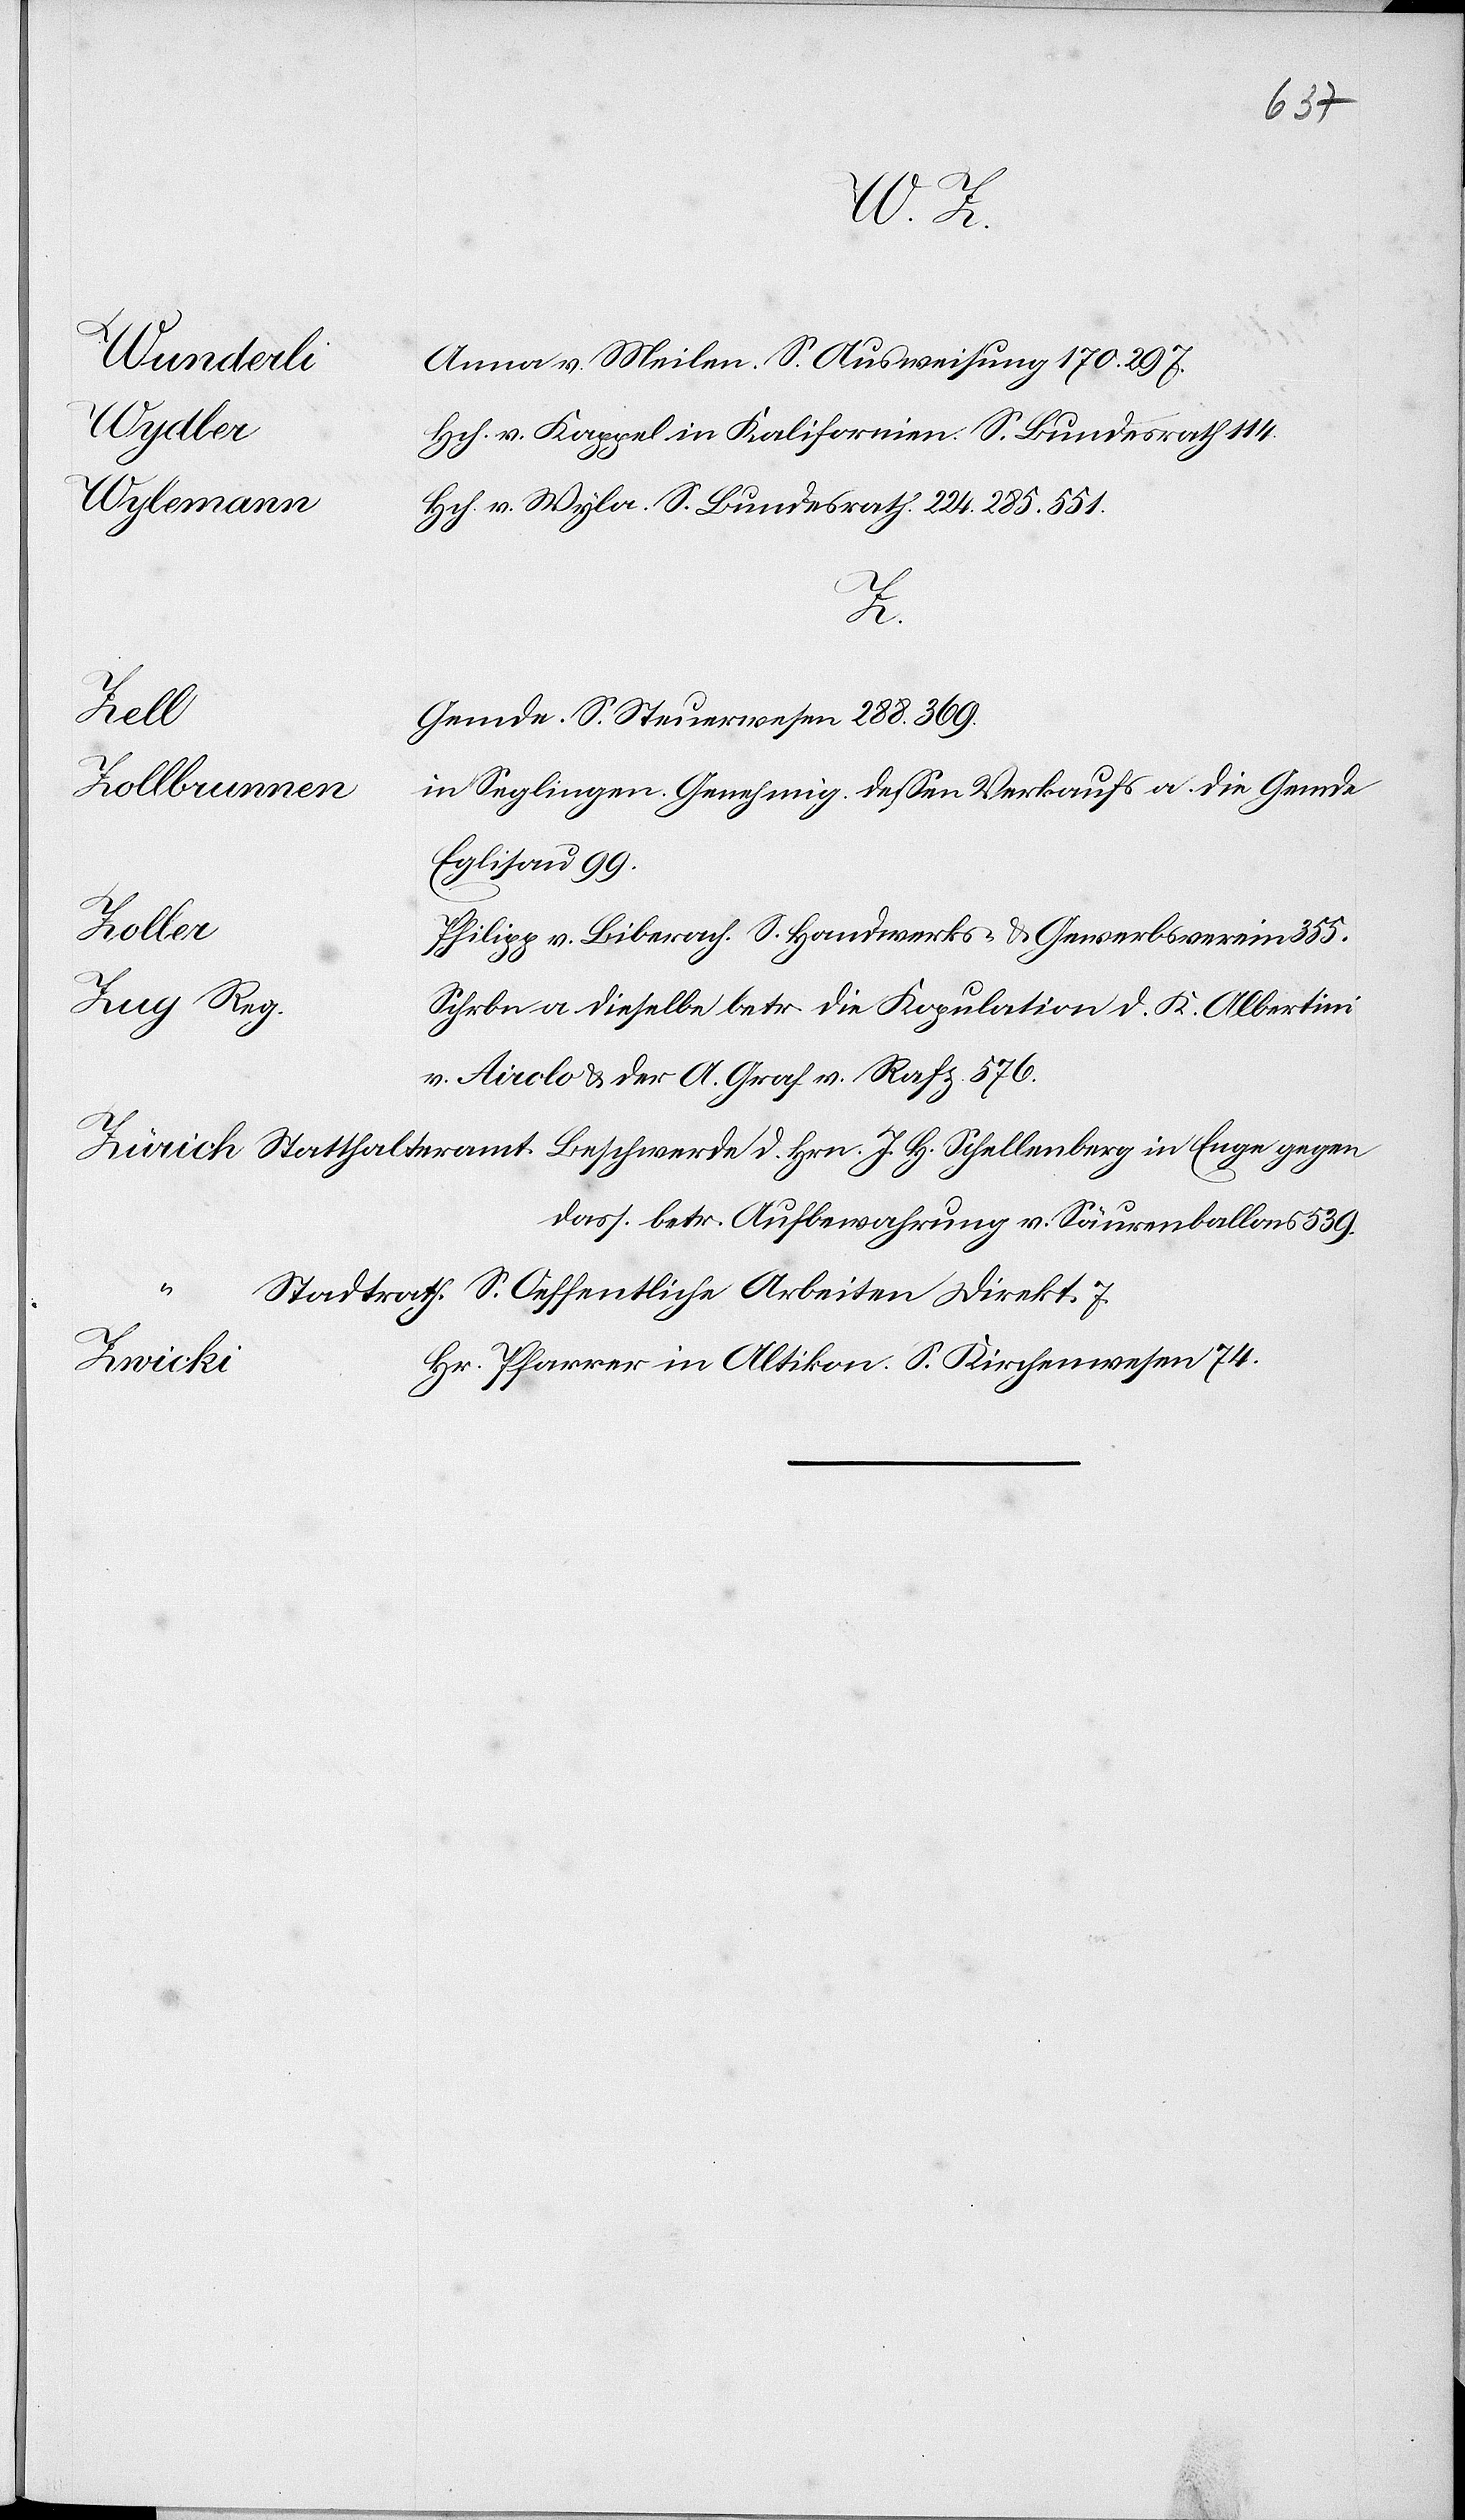
Mitt¬
Antrages
20.
des
Militärs,
19.
beschließt: